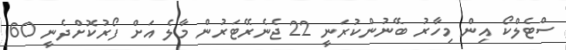
ސްޓެލްކޯ އިން މިހާރު ބޭނުންކުރަނީ 22 ޖެނެރޭޓަރުން މާލެ އަށް ފޯރުކޮށްދެނީ 60